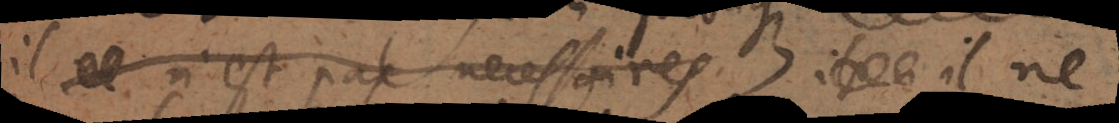
il ce n’est pas necessaires il il ne